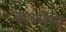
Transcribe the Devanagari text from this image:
कायबिशेव